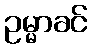
ဥမ္မာခင်